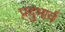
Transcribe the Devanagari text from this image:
प्रदुभार्व